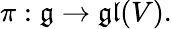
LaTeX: \pi:{\mathfrak{g}}\to{\mathfrak{gl}}(V).